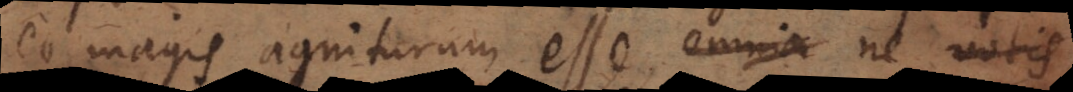
eo magis agniturum esse, omnia ne nobis